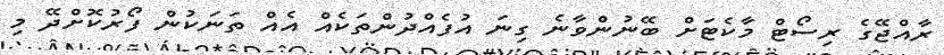
ރާއްޖޭގެ ރިސޯޓް މާކެޓަށް ބޭނުންވާނެ ގިނަ އުފެއްދުންތަކެއް އެއް ތަނަކުން ފޯރުކޮށްދޭ މި